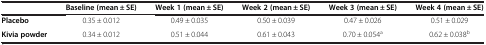
|  | Baseline (mean ± SE) | Week 1 (mean ± SE) | Week 2 (mean ± SE) | Week 3 (mean ± SE) | Week 4 (mean ± SE) |
 | --- | --- | --- | --- | --- | --- |
 | Placebo | 0.35 ± 0.012 | 0.49 ± 0.035 | 0.50 ± 0.039 | 0.47 ± 0.026 | 0.51 ± 0.029 |
 | Kivia powder | 0.34 ± 0.012 | 0.51 ± 0.044 | 0.61 ± 0.043 | 0.70 ± 0.054a | 0.62 ± 0.038b |